Vaccination in Bombay 1924-1928 - 1924-1928
Year: 1924
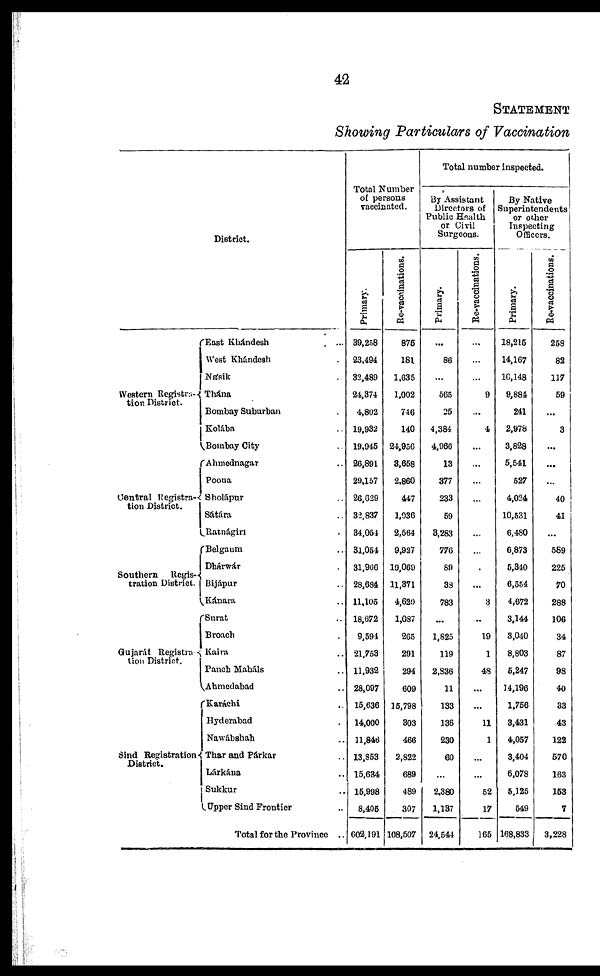
42
STATEMENT
Showing Particulars of Vaccination
District.
Western Registra-
tion District.
Central Registra-
tion District.
Southern Regis-
tration District.
Gujarát Registra-
tion District.
Sind Registration-
District.
East Khándesh ...
West Khádesh ...
Násik ...
Thána ...
Bombay Suburban .
Kolába ..
Bombay City ..
Ahmednagar ..
Poona ..
Sholápur ..
Sátára ..
Ratnágiri ..
Belgaum ..
Dhárwár ..
Bijápur ..
Kánara ..
Surat ..
Broach ..
Kaira ..
Panch Maháls ..
Ahmedabad ..
Karáchi ..
Hyderabad ..
Nawábshah ..
Thar and Párkar ..
Lárkána ..
Sukkur ..
Upper Sind Frontier ..
Total for the Province ..
Total Number
of persons
vaccinated.
Primary.
39,258
23,494
32,489
34,374
4,802
19,932
19,945
26,891
29,157
20,629
32,837
34,054
31,054
31,966
28,684
11,105
18,672
9,594
21,753
11,932
28,097
15,636
14,000
11,846
13,853
15,634
15,998
8,405
602,191
Re-vaccinations.
875
181
1,635
1,002
746
140
24,956
3,658
2,860
447
1,036
2,564
9,927
19,069
11,371
4,620
1,087
265
291
294
609
15,798
303
466
2,822
689
489
307
108,507
Total number Inspected.
By Assistant
Directors of
Public Health
or Civil
Surgeons.
Primary.
...
86
...
565
25
4,384
4,966
13
377
233
59
3,283
776
89
33
783
...
1,825
119
2,836
11
133
136
230
60
...
2,380
1,137
24,544
Re-vaccinations.
...
...
...
9
...
4
...
...
...
...
...
...
...
.
...
3
..
19
1
48
...
...
11
1
...
...
52
17
165
By Native
Superintendents
or other
Inspecting
Officers.
Primary.
18,215
14,167
10,148
9,884
241
2,978
3,828
5,541
527
4,024
10,531
6,480
6,873
5,340
6,554
4,672
3,144
3,040
8,803
5,247
14,196
1,756
3,431
4,057
3,404
6,078
5,125
549
168,833
Re-vaccinations.
258
82
117
59
...
3
...
...
...
40
41
...
589
225
70
288
106
34
87
98
40
33
43
122
570
163
153
7
3,228